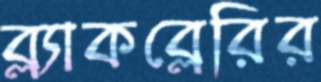
ব্ল্যাকব্লেরির